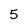
Character: 5